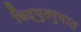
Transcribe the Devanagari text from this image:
विद्युतरुपात